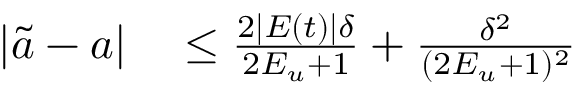
\begin{array} { r l } { | \tilde { a } - a | } & { { } \leq \frac { 2 | E ( t ) | \delta } { 2 E _ { u } + 1 } + \frac { \delta ^ { 2 } } { ( 2 E _ { u } + 1 ) ^ { 2 } } } \end{array}